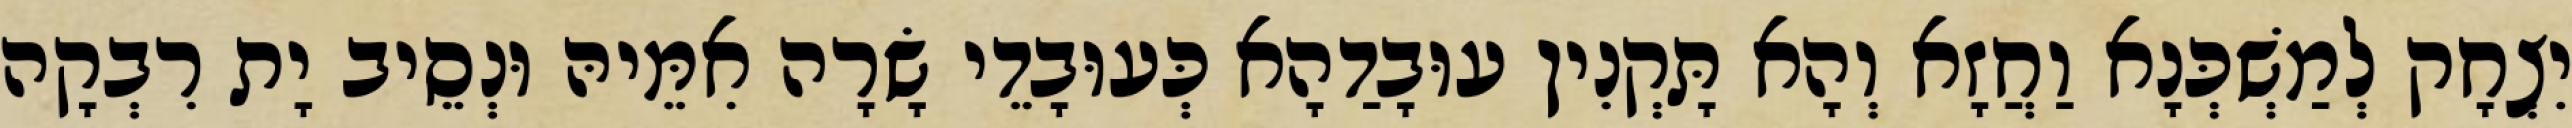
יִצְחָק לְמַשְׁכְּנָא וַחֲזָא וְהָא תָּקְנִין עוּבָדַהָא כְּעוּבָדֵי שָׂרָה אִמֵּיהּ וּנְסֵיב יָת רִבְקָה